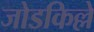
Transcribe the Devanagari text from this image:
जोडकिल्ले